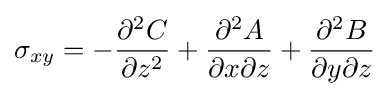
\sigma _{xy}=-{\frac {\partial ^{2}C}{\partial z^{2}}}+{\frac {\partial ^{2}A}{\partial x\partial z}}+{\frac {\partial ^{2}B}{\partial y\partial z}}